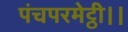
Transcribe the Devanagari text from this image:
पंचपरमेट्ठी।।